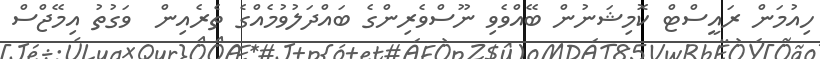
ހިއުމަން ރައީސްޓް ކޮމިޝަނުން ބޭއްވެވި ނޫސްވެރިންގެ ބައްދަލުވުމެއްގެ ތެރެއިން  ވަގުތު އިމޭޖްސް